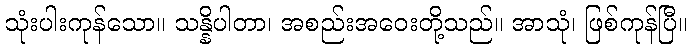
သုံးပါးကုန်သော။ သန္နိပါတာ၊ အစည်းအဝေးတို့သည်။ အာသုံ၊ ဖြစ်ကုန်ပြီ။